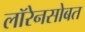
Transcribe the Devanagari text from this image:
लॉरेनसोबत